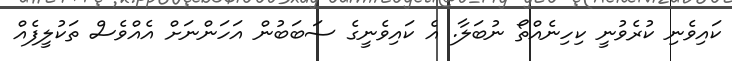
ކައިވެނި ކުރެވުނީ ކިހިނެއްތޯ ނުބަލާ. އެ ކައިވެނީގެ ސަބަބުން އަހަންނަށް އެއްވެސް ތަކުލީފެއް